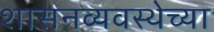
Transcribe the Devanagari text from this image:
शासनव्यवस्थेच्या